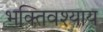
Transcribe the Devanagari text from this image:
भक्तिवश्याय